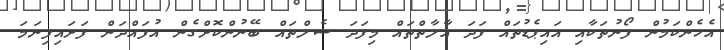
އެެހެންކަމުން ފޯނުތަކާއި އައިޕެޑުތައް ފަދަ އާލާތްތައް މިފަދަ ސެލްތައް ބޭނުންކޮށްގެން އުފައްދަން ފަށައިފިނަމަ